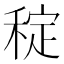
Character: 𥟐